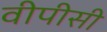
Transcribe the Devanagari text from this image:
वीपीसी